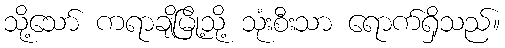
သို့သော် ကရာချိမြို့သို့ သုံးစီးသာ ရောက်ရှိသည်။